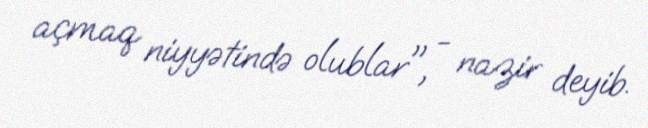
açmaq niyyətində olublar", - nazir deyib.